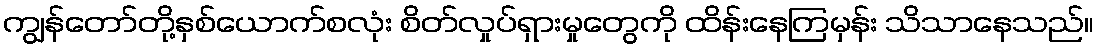
ကျွန်တော်တို့နှစ်ယောက်စလုံး စိတ်လှုပ်ရှားမှုတွေကို ထိန်းနေကြမှန်း သိသာနေသည်။